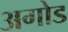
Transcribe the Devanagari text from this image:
अगोड